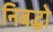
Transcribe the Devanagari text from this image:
निबद्धो